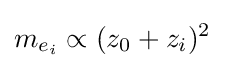
m_{e_{i}}\propto (z_{0}+z_{i})^{2}